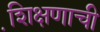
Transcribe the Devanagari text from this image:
शि़क्षणाची